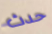
حدث